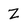
Character: z